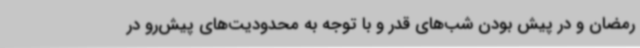
رمضان و در پیش بودن شب‌های قدر و با توجه به محدودیت‌های پیش‌رو در